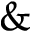
\&